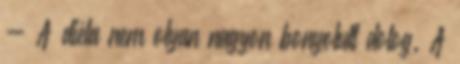
- A diéta nem olyan nagyon bonyolult dolog. A